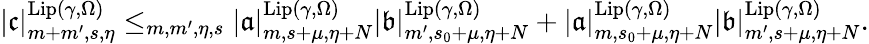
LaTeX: \begin{array}{r}{|\mathfrak{c}|_{m+m^{\prime},s,\eta}^{\mathrm{Lip}(\gamma,\Omega)}\le_{m,m^{\prime},\eta,s}|\mathfrak{a}|_{m,s+\mu,\eta+N}^{\mathrm{Lip}(\gamma,\Omega)}|\mathfrak{b}|_{m^{\prime},s_{0}+\mu,\eta+N}^{\mathrm{Lip}(\gamma,\Omega)}+|\mathfrak{a}|_{m,s_{0}+\mu,\eta+N}^{\mathrm{Lip}(\gamma,\Omega)}|\mathfrak{b}|_{m^{\prime},s+\mu,\eta+N}^{\mathrm{Lip}(\gamma,\Omega)}.}\end{array}